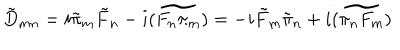
LaTeX: \tilde { D } _ { m n } = i \tilde { \pi } _ { m } \tilde { F } _ { n } - i \widetilde { ( F _ { n } \pi _ { m } ) } = - i \tilde { F } _ { m } \tilde { \pi } _ { n } + i \widetilde { ( \pi _ { n } F _ { m } ) }